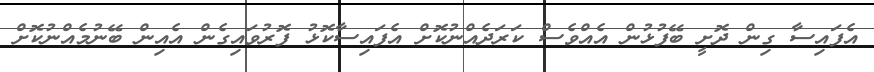
އެފައިސާ ގިން ދޮށީ ބޭފުޅުން އެއްވެސް ކަރަދެއްނުކޮށް އެފައިސާކޮޅު ފޮރުވައިގެން އެއިން ބޭނުމެއްނުކޮށް